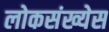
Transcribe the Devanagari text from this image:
लोकसंख्येस